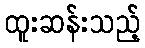
ထူးဆန်းသည့်